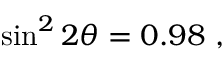
\sin ^ { 2 } 2 \theta = 0 . 9 8 ~ ,